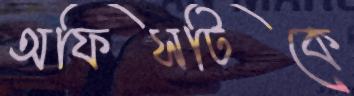
অফিসটিকে